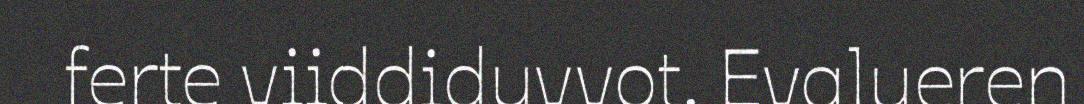
ferte viiddiduvvot. Evalueren